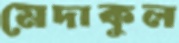
মেদাকুল